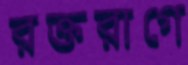
রক্তরাগে